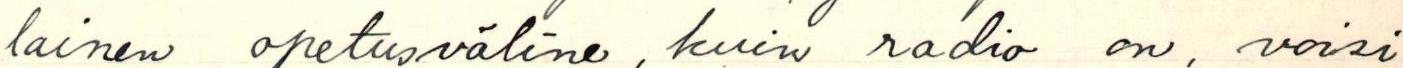
lainen opetusväline, kuin radio on, voisi